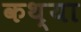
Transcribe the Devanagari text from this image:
कथ्या